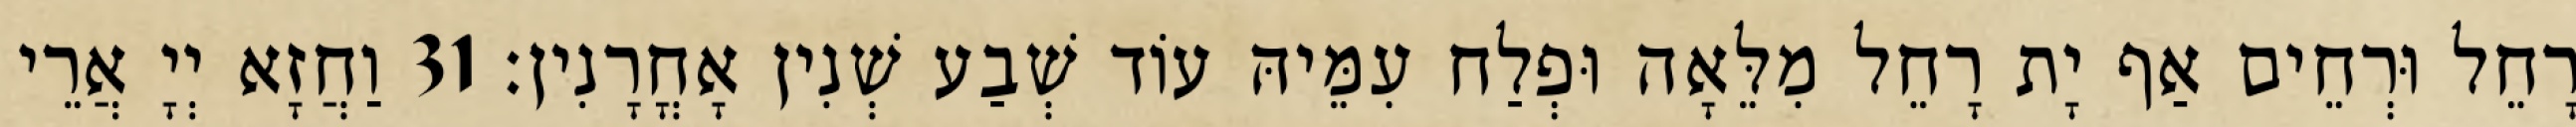
רָחֵל וּרְחֵים אַף יָת רָחֵל מִלֵּאָה וּפְלַח עִמֵּיהּ עוֹד שְׁבַע שְׁנִין אָחֳרָנִין׃ 31 וַחֲזָא יְיָ אֲרֵי